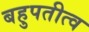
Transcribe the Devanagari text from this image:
बहुपतीत्व